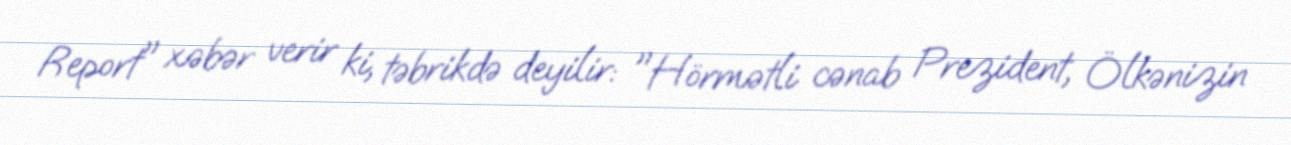
Report" xəbər verir ki, təbrikdə deyilir: "Hörmətli cənab Prezident, Ölkənizin